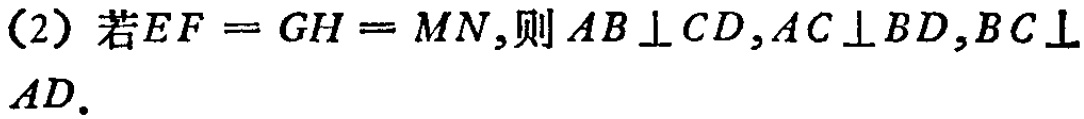
(2) 若\(EF = GH = MN\),则\(AB\perp CD,AC\perp BD,BC\perp AD\).